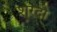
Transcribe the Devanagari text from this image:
शरदो